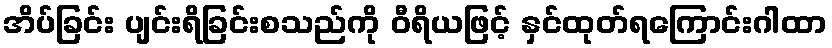
အိပ်ခြင်း ပျင်းရိခြင်းစသည်ကို ဝီရိယဖြင့် နှင်ထုတ်ရကြောင်းဂါထာ